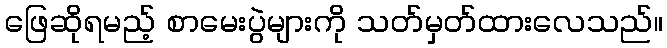
ဖြေဆိုရမည့် စာမေးပွဲများကို သတ်မှတ်ထားလေသည်။